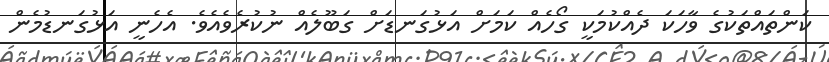
ކަންތައްތަކުގެ ވާހަކަ ދެއްކުމަކީ ގޯހެއް ކަމަށް އަޅުގަނޑަށް ގަބޫލެއް ނުކުރެވެއެވެ. އެހެނީ އަޅުގަނޑުމެން